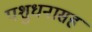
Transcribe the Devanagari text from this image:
पशुधनासह